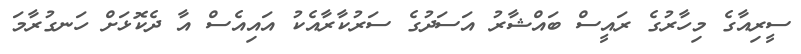
ސީރިއާގެ މިހާރުގެ ރައީސް ބައްޝާރު އަސަދުގެ ސަރުކާރާއެކު އައިއެސް އާ ދެކޮޅަށް ހަނގުރާމަ